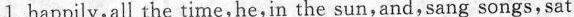
1.happily,all the time,he,in the sun,and,sang songs,sat